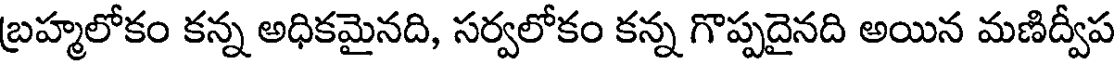
బ్రహ్మలోకం కన్న అధికమైనది, సర్వలోకం కన్న గొప్పదైనది అయిన మణిద్వీప